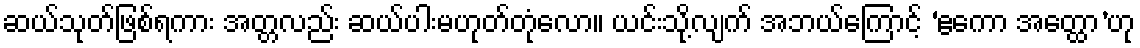
ဆယ်သုတ်ဖြစ်ရကား အတ္တလည်း ဆယ်ပါးမဟုတ်တုံလော။ ယင်းသို့လျက် အဘယ်ကြောင့် ‘ဧကော အတ္ထော’ဟု